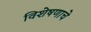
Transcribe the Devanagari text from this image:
विशेषणाचे